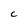
Character: C